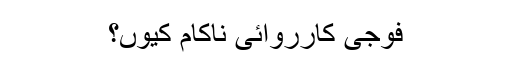
فوجی کارروائی ناکام کیوں؟